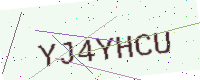
Text: YJ4YHCU